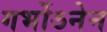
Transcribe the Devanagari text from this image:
गर्भोऽनेन